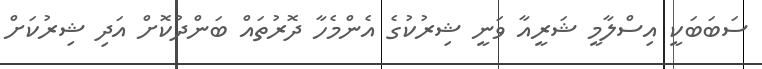
ސަބަބަކީ އިސްލާމީ ޝަރީއާ ވަނީ ޝިރުކުގެ އެންމެހާ ދޮރުތައް ބަންދުކޮށް އަދި ޝިރުކަށް